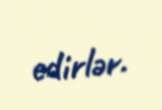
edirlər.